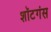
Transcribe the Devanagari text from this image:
शॉटगंस